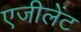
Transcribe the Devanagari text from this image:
एजीलेंट